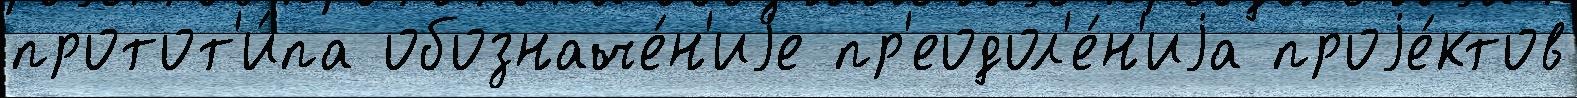
протот'и́па обозначе́н'иjе пр'еодол'е́н'иjа проjе́ктов